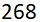
268